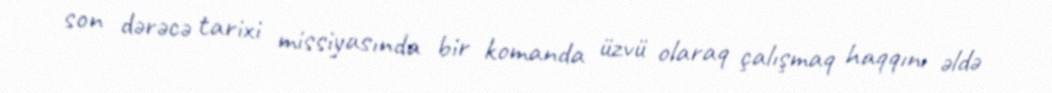
son dərəcə tarixi missiyasında bir komanda üzvü olaraq çalışmaq haqqını əldə